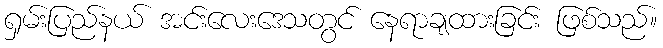
ရှမ်းပြည်နယ် အင်းလေးဒေသတွင် နေရာချထားခြင်း ဖြစ်သည်။